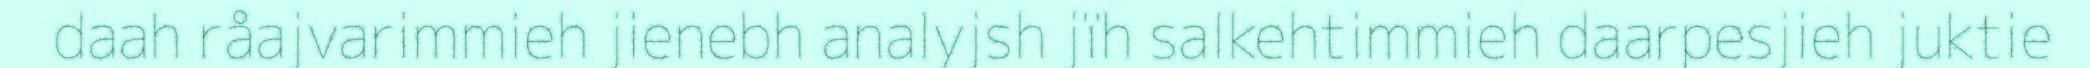
daah råajvarimmieh jienebh analyjsh jïh salkehtimmieh daarpesjieh juktie